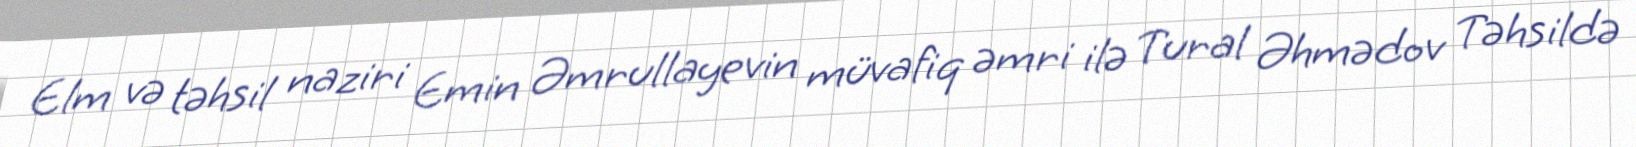
Elm və təhsil naziri Emin Əmrullayevin müvafiq əmri ilə Tural Əhmədov Təhsildə